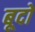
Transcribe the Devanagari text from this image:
बूदो